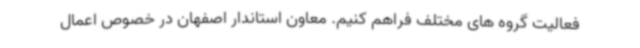
فعالیت گروه های مختلف فراهم کنیم. معاون استاندار اصفهان در خصوص اعمال